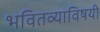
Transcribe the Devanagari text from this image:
भवितव्याविषयी